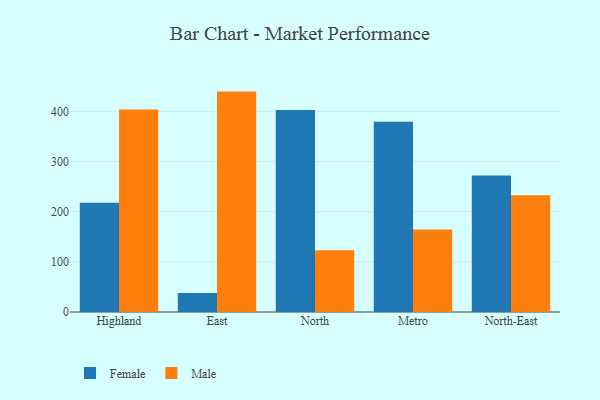
{"axis": {"x": "Region", "y": "Budget (USD K)"}, "legend": ["Female", "Male"], "data": [{"x": "Highland", "y": 217.9, "type": "Female"}, {"x": "Highland", "y": 403.5, "type": "Male"}, {"x": "East", "y": 38.0, "type": "Female"}, {"x": "East", "y": 439.3, "type": "Male"}, {"x": "North", "y": 402.5, "type": "Female"}, {"x": "North", "y": 123.0, "type": "Male"}, {"x": "Metro", "y": 379.0, "type": "Female"}, {"x": "Metro", "y": 164.5, "type": "Male"}, {"x": "North-East", "y": 272.3, "type": "Female"}, {"x": "North-East", "y": 232.7, "type": "Male"}]}